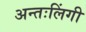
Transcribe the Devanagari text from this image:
अन्तःलिंगी